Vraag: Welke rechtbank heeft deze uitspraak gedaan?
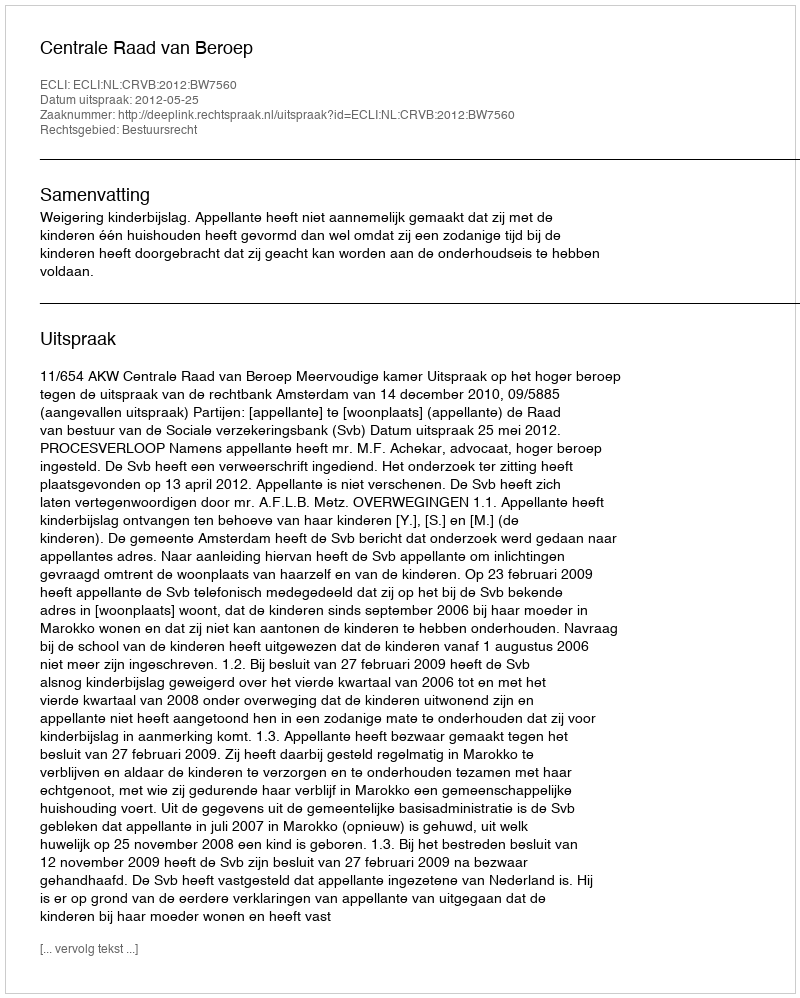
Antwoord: Centrale Raad van Beroep